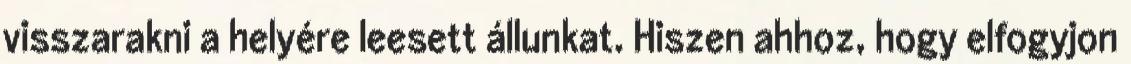
visszarakni a helyére leesett állunkat. Hiszen ahhoz, hogy elfogyjon